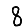
Digit: 8